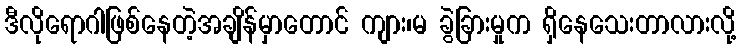
ဒီလိုရောဂါဖြစ်နေတဲ့အချိန်မှာတောင် ကျား၊မ ခွဲခြားမှုက ရှိနေသေးတာလားလို့